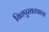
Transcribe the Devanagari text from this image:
वितपुरवठ्याचा